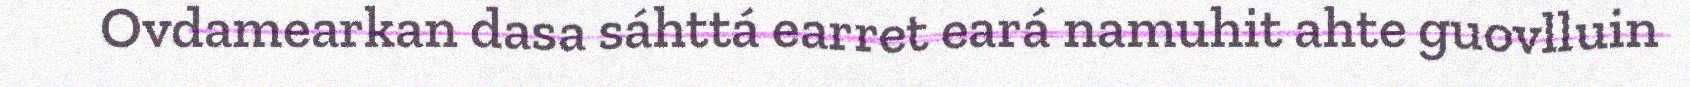
Ovdamearkan dasa sáhttá earret eará namuhit ahte guovlluin